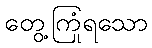
တွေ့ကြုံရသော